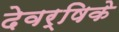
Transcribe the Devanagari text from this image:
देवर्षिके